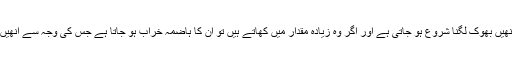
اس طرح یا تو سحری کے بعد سے ہی انھیں بھوک لگنا شروع ہو جاتی ہے اور اگر وہ زیادہ مقدار میں کھاتے ہیں تو ان کا ہاضمہ خراب ہو جاتا ہے جس کی وجہ سے انھیں شدت سے پیاس لگنا شروع ہوجاتی ہے۔